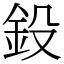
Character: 鈠